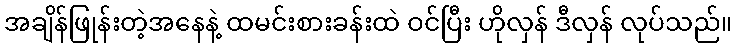
အချိန်ဖြုန်းတဲ့အနေနဲ့ ထမင်းစားခန်းထဲ ဝင်ပြီး ဟိုလှန် ဒီလှန် လုပ်သည်။